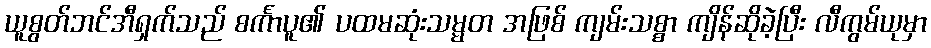
ယူစွတ်ဘင်အီရှက်သည် စင်္ကာပူ၏ ပထမဆုံးသမ္မတ အဖြစ် ကျမ်းသစ္စာ ကျိန်ဆိုခဲ့ပြီး လီကွမ်ယုမှာ